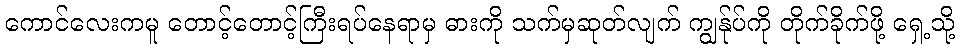
ကောင်လေးကမူ တောင့်တောင့်ကြီးရပ်နေရာမှ ဓားကို သက်မှဆုတ်လျက် ကျွန်ုပ်ကို တိုက်ခိုက်ဖို့ ရှေ့သို့